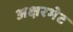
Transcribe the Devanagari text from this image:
अक्षरभेट